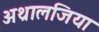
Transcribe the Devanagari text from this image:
अथ्रालजिया